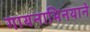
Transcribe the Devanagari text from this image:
गायनाभिनयाने